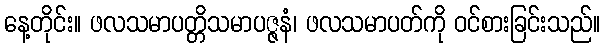
နေ့တိုင်း။ ဖလသမာပတ္တိသမာပဇ္ဇနံ၊ ဖလသမာပတ်ကို ဝင်စားခြင်းသည်။